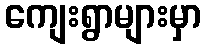
ကျေးရွာများမှာ